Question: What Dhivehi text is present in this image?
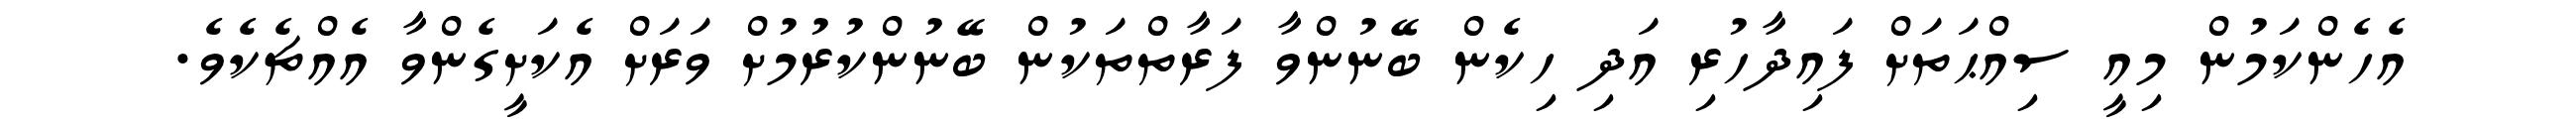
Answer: އެހެންކަމުން މިއީ ސިއްޙަތަށް ފައިދާހުރި އަދި ހިކެން ބޭނުންވާ ފަރާތްތަކުން ބޭނުންކުރުމުށް ވަރަށް އެކަށީގެންވާ އެއްޗެކެވެ.